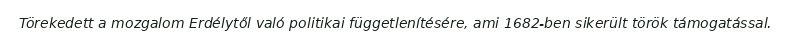
Törekedett a mozgalom Erdélytől való politikai függetlenítésére, ami 1682-ben sikerült török támogatással.